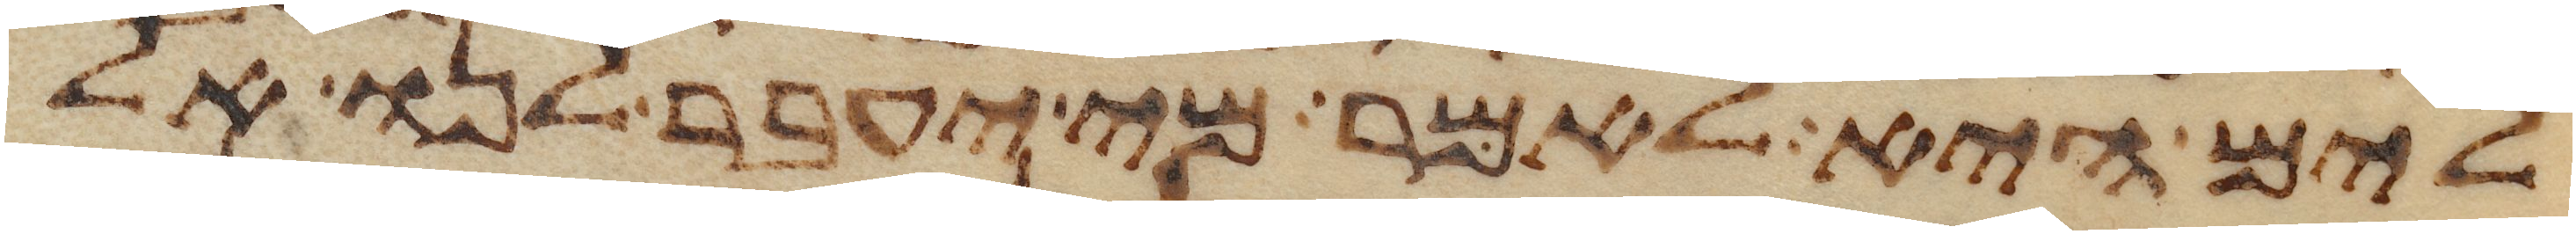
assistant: לים היא לאמר מי יעבר לנו אל